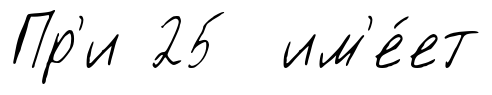
Пр'и 25 им'е́ет